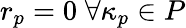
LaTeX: r_{p}=0\; \forall\kappa_{p}\in P